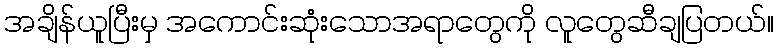
အချိန်ယူပြီးမှ အကောင်းဆုံးသောအရာတွေကို လူတွေဆီချပြတယ်။